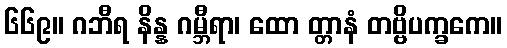
၆၆၉။ ဂဘီရ နိန္န ဂမ္ဘီရာ၊ ထော တ္တာနံ တဗ္ဗိပက္ခကေ။